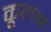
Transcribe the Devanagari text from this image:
कूलम